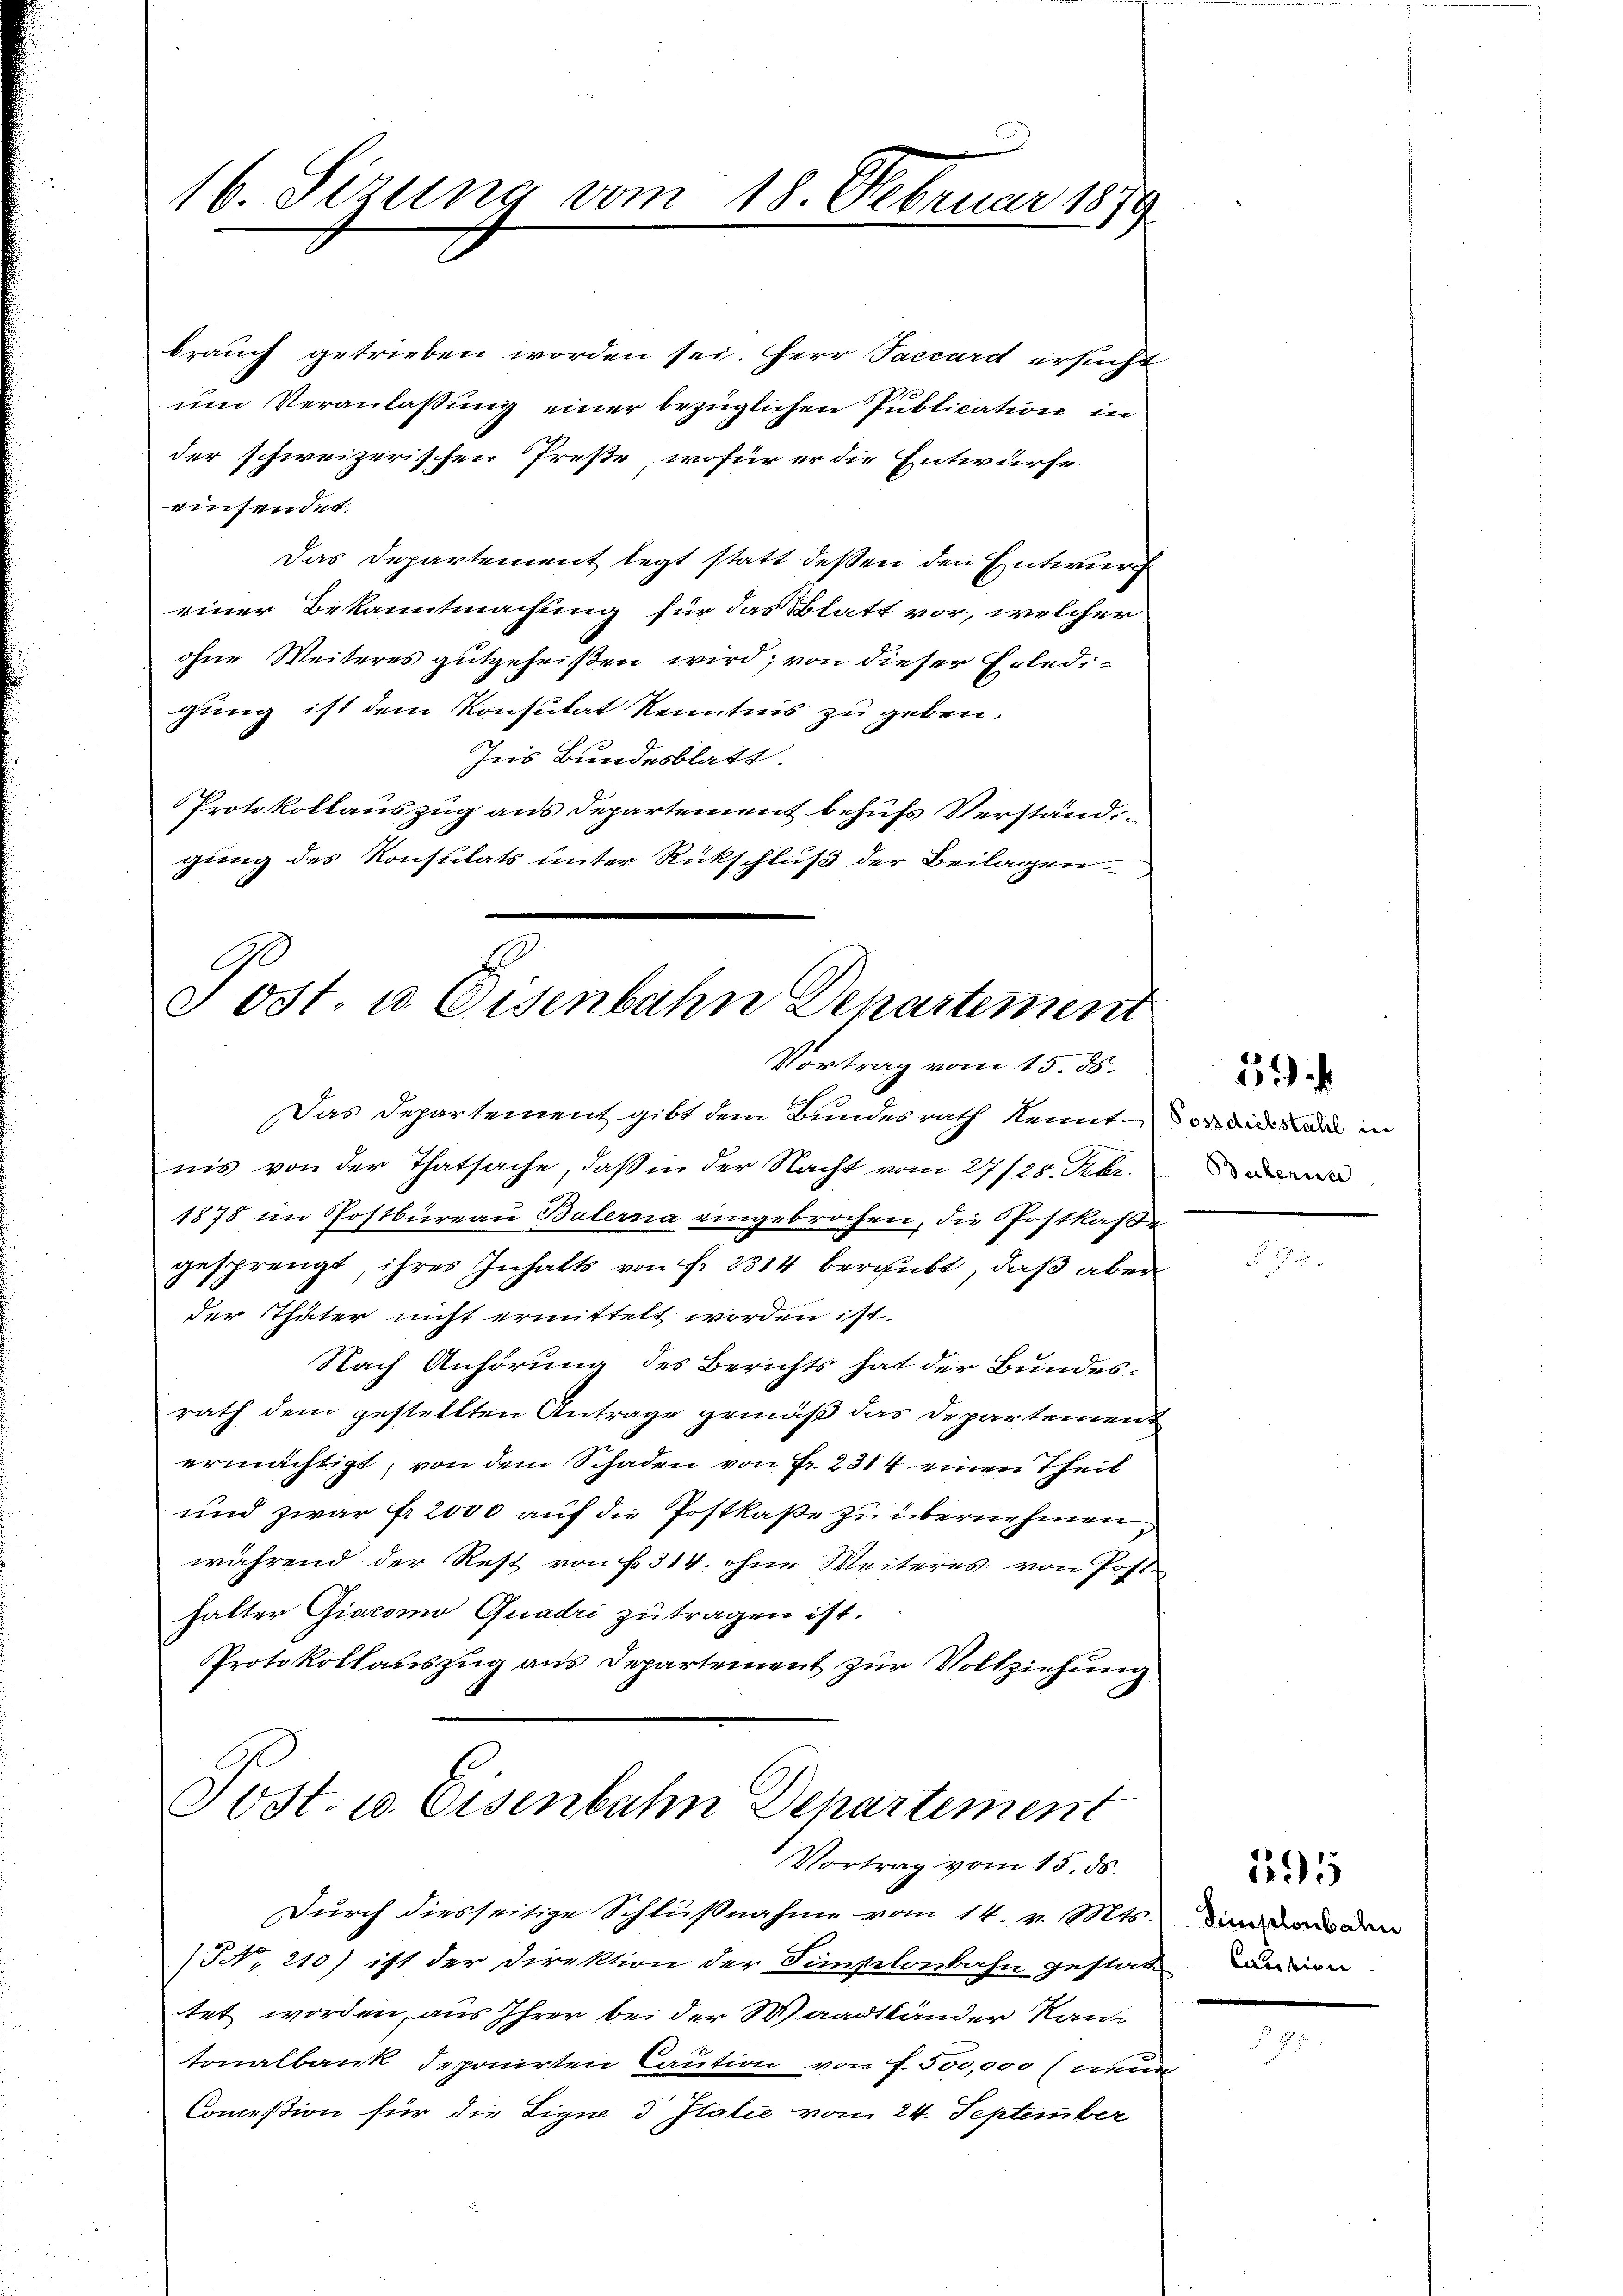
16. Sizung vom 18. Februar 1870
.

brauch getrieben worden sei. Herr Paccardt ersucht
um Veranlassung einer bezüglichen Publication in
der schweizerischen Treße, wofür er die Entwurfe
einsendet.
Das Departement legt statt deßen den Entwurf
einer Bekanntmachung für das Blatt vor, welcher
ohne Weiteres gutgeheißen wird, von dieser Erledigung ist dem Konsulat Kenntnis zu geben.
Ins Bundesblatt.
Protokollauszug aus Departement behufs Verstand,
gung des Konsulats unter Rückschluß der Beilagen.

Post. u. Eisenbahn Departement
Vortrag vom 15. ds.

Das Departement gibt dem Bundesrath kennte, der dieser in
nis von der Thatsache, daß in der Nacht vom 27/28. Febr.
1878 im Postbüreau Balerna eingebrochen, die Postkassa
gesprengt, ihres Inhalts von fr. 2314 bergibt, daß aber
der Thäter nicht ermittelt worden ist.
Nach Anhörung des Berichts hat der Bundesrath dem gestellten Antrage gemäß das Departement
ermächtigt, von dem Schaden von Fr. 2314. einen Theil
und zwar fr. 2000 auf die Postkaße zu übernehmen
während der Rest von fr. 314. ohne Weiteres von Post
halter Giacomo Quadri zu tragen ist.
Protokollauszug aus Departement zur Vollziehung

Post. 10. Eisenbahn Departement
Vortrag vom 15. ds.

Durch diesseitige Schlŭβnahme vom 14. v. Mts.
(NN., 210) ist der Direktion der Fiselonbahn gestatten von
tet worden, aus Ihrer bei der Waadtländer Kant
tonalbank deponirten Caution von f. 500,000 (nunn
Commißion für die Signe d Italie vom 24. September

15

Guberna

595
Simplonbahn